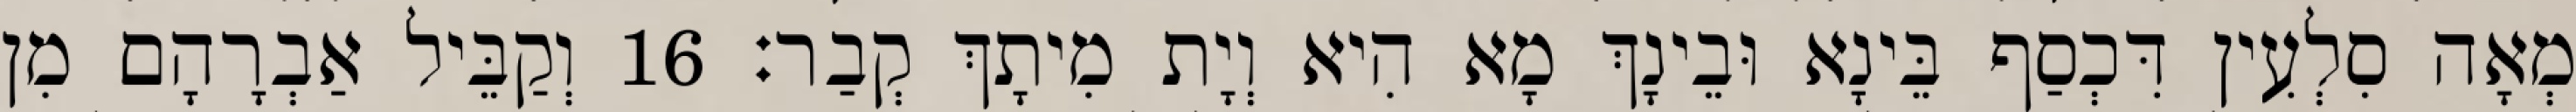
מְאָה סִלְעִין דִּכְסַף בֵּינָא וּבֵינָךְ מָא הִיא וְיָת מִיתָךְ קְבַר׃ 16 וְקַבֵּיל אַבְרָהָם מִן